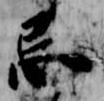
忌